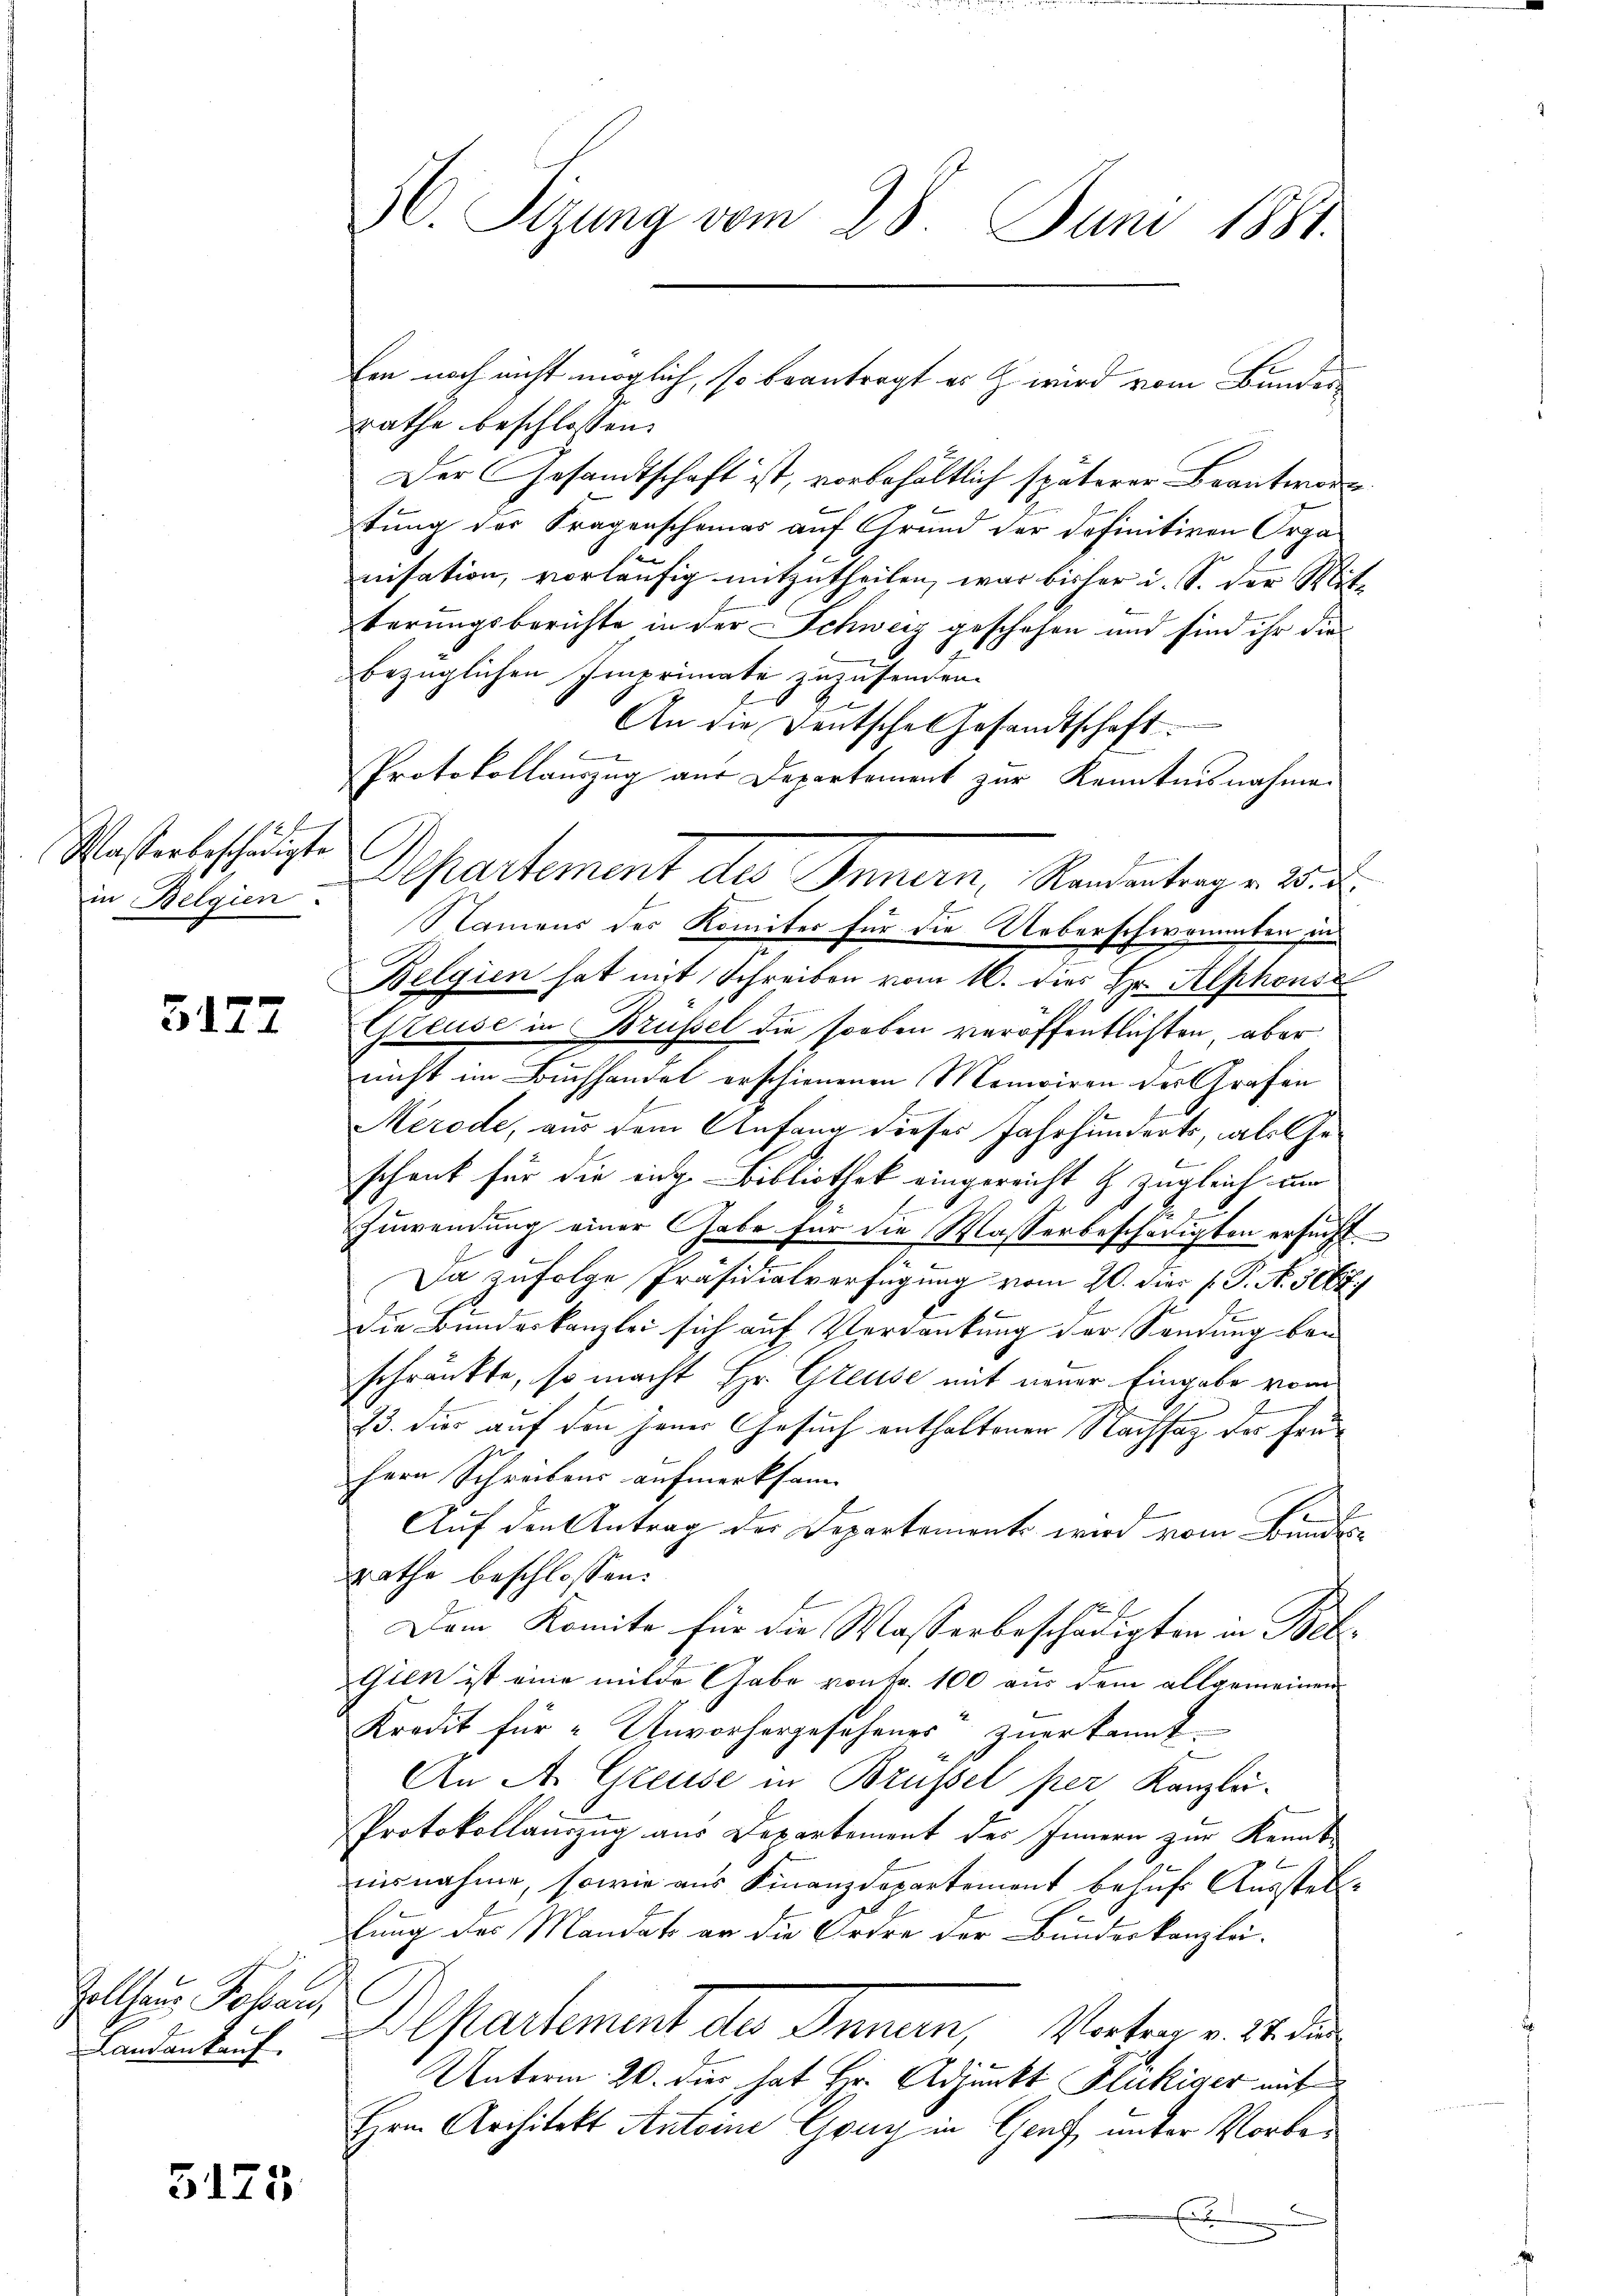
2
Masterbeschädigte
in Belgien.

3177

ollhaus Johan
Landankauf

3175

30. Sizung vom 28. Juni 1881.

rathe beschlossen:
Der Gesandtschaft ist, vorbehältlich späterer Beantwort
tung der Fragenscheines auf Grund der definitiven Orga
nisation, vorläufig mitzutheilen, was bisher i. S. der Mit-
terungsberichte in der Schweiz geschehen und sind ihr die
bezüglichen Imprimate zuzusenden.
An die Deutsche Gesandtschaft
Protokollauszug aus Departement zur Kenntnisnahme.
Apartement des Innern, Rendentingen die
Namens des Komiter für die Ueberschwammten in
Belgien hat mit Schreiben vom 16. dies Hr. Alphons
Gteuse in Brüssel die soeben veröffentlichten, aber
nicht im Buchhandel erschienenen Moniciren des Grafen
Merode, aus dem Anfang dieses Jahrhunderts, als Geschank für die eige Bibliothek eingereicht & zugleich um

Zuwendung einer Gabe für die Wasserbeschädigten ersucht
Da zufolge Präsidialverfügung vom 20. dies p. P. N. 3668
die Bundeskanzlei sich auf Verdankung der Sendung ben
schränkte, so macht Hr. Greuse mit neuer Eingabe vom
23. dies auf den jener Gesuch enthaltenen Nachsag der frü¬
Hern Schreibens aufmerksam- |
Auf den Antrag der Departements wird vom Bundesrathe beschlossen:
Dem Komite für die Wasserbeschädigten in Bel¬
Gien ist eine milde Gabe von Fr. 100 aus dem allgemeinen
Kredit für "Unvorhergesehenes zuerkannt.
An A. Greuse in Brüssel per Kanzlei-
Protokollauszug aus Departement des Innern zur Kennt-
ausnahme, sowie aus Finanzdepartement behufs Ausstelllung des Mandat er die Ordre der Bunderkanzlä-
Departement der Innern, Vortrag v. 14. die
Unterm 20. die hat Hr. Adjunkt Flukiger mit
Hrn Architekt Antoine Gruy in Graf, unter Vorbe¬
E

Ein noch nicht möglich, so beantragt es h. wird vom Bunder¬